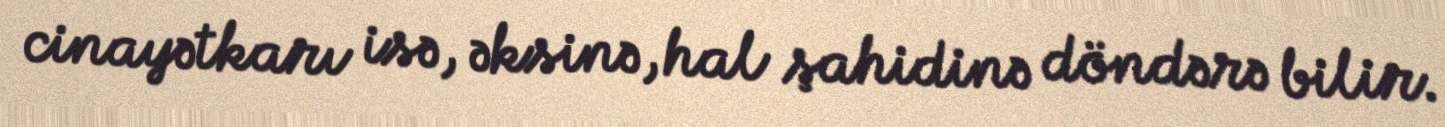
cinayətkarı isə, əksinə, hal şahidinə döndərə bilir.